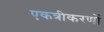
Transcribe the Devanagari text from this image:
एकत्रीकरणों